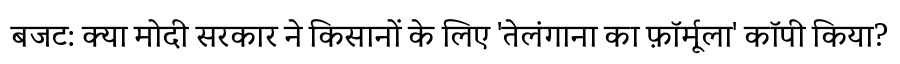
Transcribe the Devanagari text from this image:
बजट: क्या मोदी सरकार ने किसानों के लिए 'तेलंगाना का फ़ॉर्मूला' कॉपी किया?